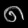
Digit: ၈